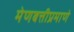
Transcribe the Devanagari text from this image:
मेणबत्तीप्रमाणे